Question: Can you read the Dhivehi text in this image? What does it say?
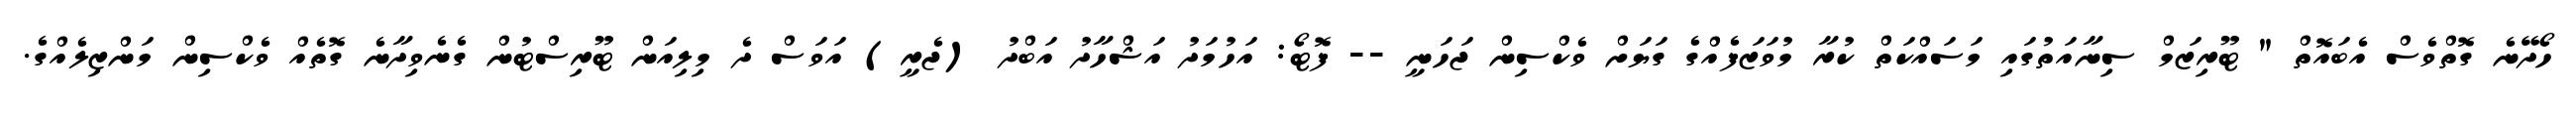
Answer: ހޯދޭނެ ގޮތްވެސް އެބައޮތް " ޓޫރިޒަމް ސިނާއަތުގައި މަސައްކަތް ކުރާ މުވަޒަފެއްގެ ގަޔަށް ވެކްސިން ޖަހަނީ -- ފޮޓޯ: އަހުމަދު އަޝްހާދު އަބްދު (ޖެރީ) އަވަސް ދެ މިލިއަން ޓޫރިސްޓުން ގެނެވިދާނެ ގޮތެއް ވެކްސިން މަންޒިލެއްގެ.